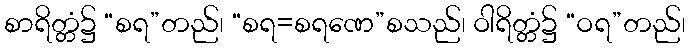
စာရိတ္တံ၌ “စရ”တည်၊ “စရ=စရဏေ”စသည်၊ ဝါရိတ္တံ၌ “ဝရ”တည်၊